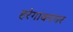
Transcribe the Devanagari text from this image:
हरेगावनगर